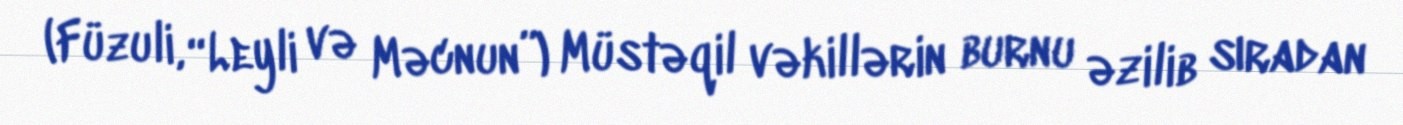
(Füzuli, “Leyli və Məcnun”) Müstəqil vəkillərin burnu əzilib sıradan